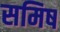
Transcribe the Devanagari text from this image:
समिष